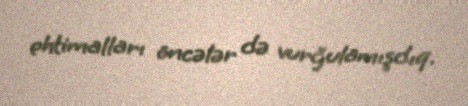
ehtimalları öncələr də vurğulamışdıq.